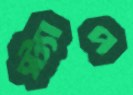
স্ট্যাপ